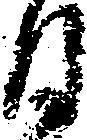
日